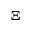
\Xi